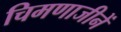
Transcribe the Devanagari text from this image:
चिमणाजीनें